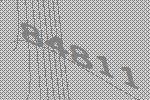
84811